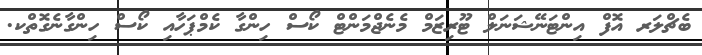
ބެޗްލަރ އޮފް އިންޓަނޭޝަނަލް ޓޫރިޒަމް މެނެޖްމަންޓް ކޯސް ހިންގާ ކެމްޕަހާއި ކޯސް ހިންގާނެގޮތްކ.